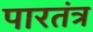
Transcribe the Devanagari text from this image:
पारतंत्र